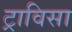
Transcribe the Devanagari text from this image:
ट्राविसा